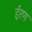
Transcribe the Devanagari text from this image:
ईरण